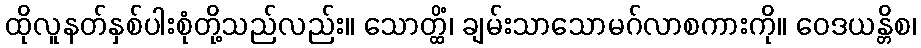
ထိုလူနတ်နှစ်ပါးစုံတို့သည်လည်း။ သောတ္ထိံ၊ ချမ်းသာသောမဂ်လာစကားကို။ ဝေဒယန္တိစ၊